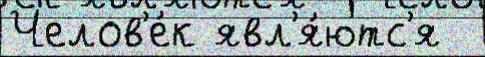
Челов'е́к явл'я́ютс'я